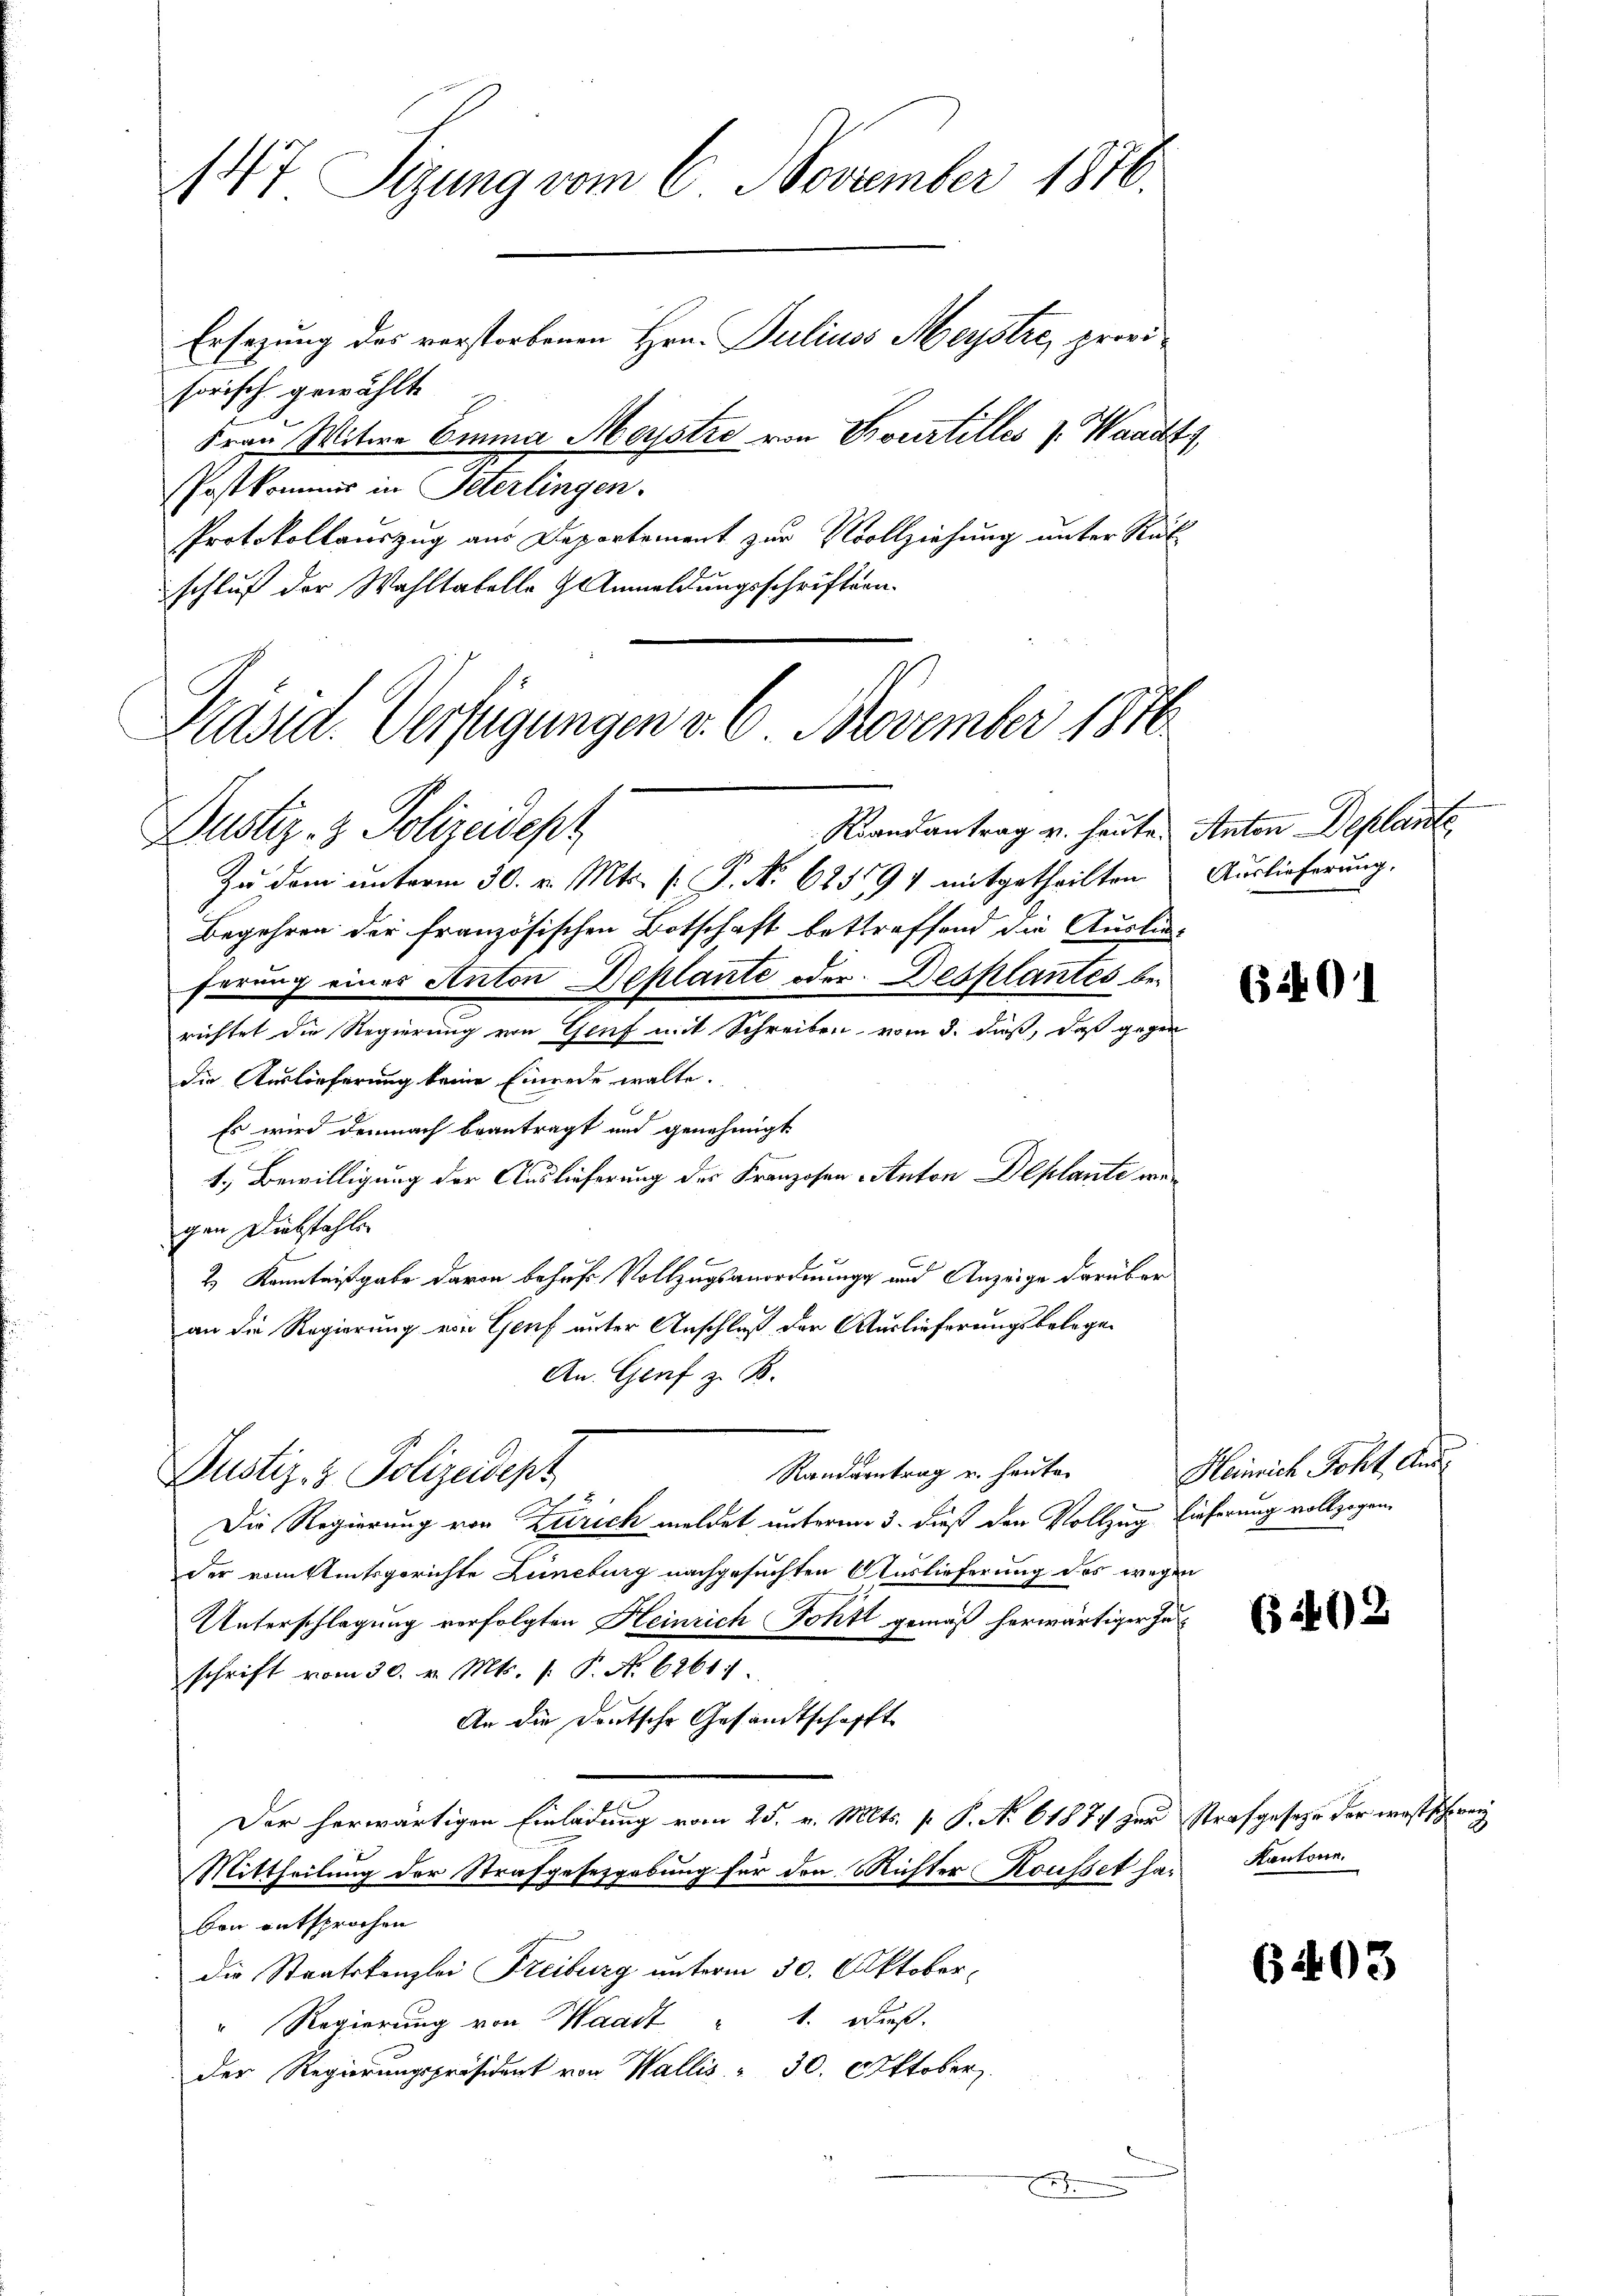
147 Sizung vom 6. November 1876.
Ersezung des verstorbenen Hrn. Julius Meystre, provisorisch gewählt
Frau Witwe Einna Meystre von Bourtilles J. Waadt,
PPostkommis in Peterlingen.

Protokollauszug aus Departement zur Vollziehung unter Rück
schluß der Wahltatelle Anmeldungsschriften.

Präsid. Verfügungen v. 6. November 1870
Kandantrag v. heute Anton Deplante
Justiz- & Polizeidept

Justiz- & Polizeident

Zu dem unterm 30. v. Mts. f. P. N. 625594 mitgetheilten
Begehren der französischen Botschaft betreffend die Auslieferung eines Anton Deplante oder Desplantes berichtet die Regierung von Genf mit Schreiben vom 3. dieß, daß gegen
die Auslieferung keine Einrede walte.
Es wird demnach beantragt und genehmigt
1.) Bewilligung der Auslieferung des Franzosen Anton Deplante wegen Diebstahlen
2 Kenntnißgabe davon behufs Vollzugsanordnung und Anzeige darüber
an die Regierung von Genf unter Anschluß der Auslieferungsbelege
An. Genf z. B.
Randerntrag u. heute
Die Regierung von Zürich meldet unterm 3. dieß den Vollzug Lieferung vollzogen,
der vom Amtsgerichte Leineburg nachgesuchten Auslieferung des wegen
Unterschlagung verfolgten Heinrich Fohtt gemäß herwärtiger Zuschrift vom 30. v. Mts. f. P. No 6261.
An die Deutsche Gesandtschafft
Der herwärtigen Einladung vom 25. v. Mts. f. P. Nr. 61874 zur Strafgesetze der westschweiz
Mittheilung der Strafgesetzgebung für den Michter Kousset habon entsprochen
die Stratskanzlei Freiburg unterm 30. Oktober¬
1. Dieß.
" Regierung von Waadt
Der Regierungspräsident von Wallis - 30. Oktober

2

Auslieferung.

69

Heinrich Joht. Aus¬

(§ 1493

Kantone.

6403